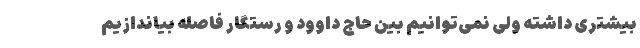
بیشتری داشته ولی نمی‌توانیم بین حاج داوود و رستگار فاصله بیاندازیم